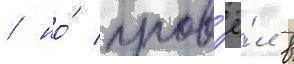
/ но́ пров'ё́л в